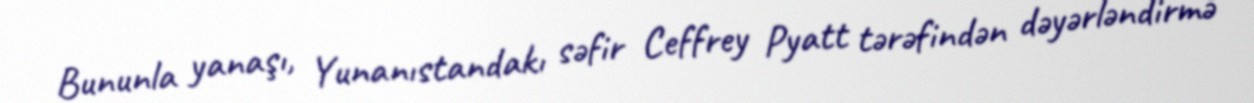
Bununla yanaşı, Yunanıstandakı səfir Ceffrey Pyatt tərəfindən dəyərləndirmə